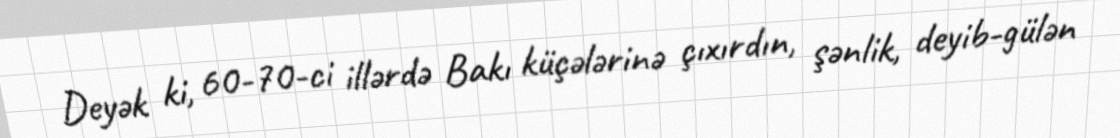
Deyək ki, 60-70-ci illərdə Bakı küçələrinə çıxırdın, şənlik, deyib-gülən